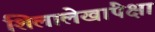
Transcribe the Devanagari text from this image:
शिलालेखांपेक्षा